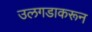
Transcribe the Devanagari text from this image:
उलगडाकरून